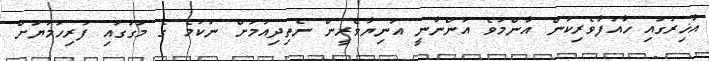
އާޚިރުގައި ހާއުފާވެރިކަން އާންމުވެ އަންނާނީ އަނިޔާވެރީން ނެތިދިއުމަށް ނުކުމެ ގެ މަގުގައި ފުރިހަމަޔަށް